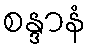
စန္ဒာနံ